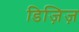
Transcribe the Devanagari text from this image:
डिज़िज़